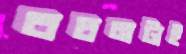
বচনটাই